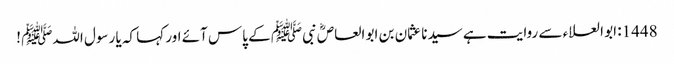
1448: ابو العلاء سے روایت ہے سیدنا عثمان بن ابو العاصؓ نبیﷺ کے پاس آئے اور کہا کہ یا رسول اللہﷺ !